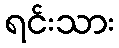
ရင်းသား